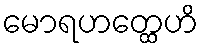
မောရဟတ္ထေဟိ